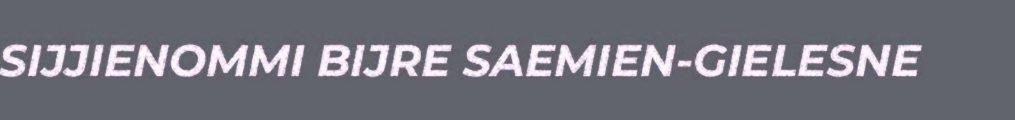
SIJJIENOMMI BIJRE SAEMIEN-GIELESNE